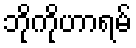
ဘိုကိုဟာရမ်